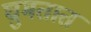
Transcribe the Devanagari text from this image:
घुमतात